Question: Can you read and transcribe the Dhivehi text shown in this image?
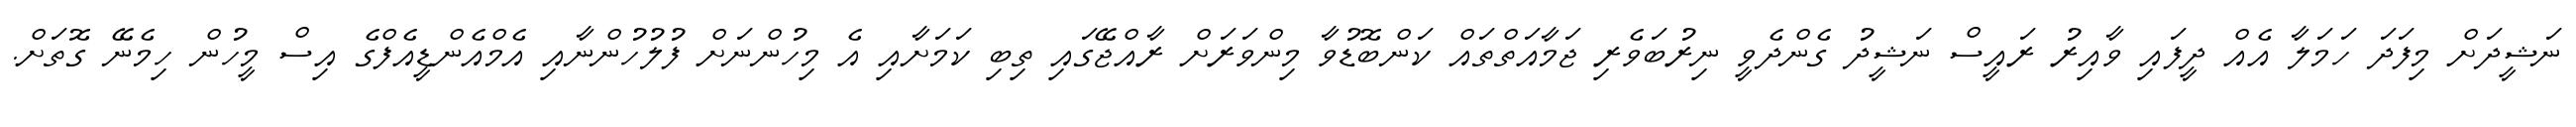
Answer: ނަޝީދަށް މިފަދަ ހަމަލާ އެއް ދީފައި ވާއިރު ރައީސް ނަޝީދު ގެންދެވީ ނިރުބަވެރި ޖަމާއަތްތައް ކަންބޮޑުވާ މިންވަރަށް ރާއްޖޭގައި ތިބި ކަމަށާއި އެ މިހުންނަށް ފުލުހުންނާއި އެމްއެންޑީއެފްގެ އިސް މީހުން ހިމެނޭ ގޮތަށް.